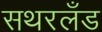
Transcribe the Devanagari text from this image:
सथरलँड